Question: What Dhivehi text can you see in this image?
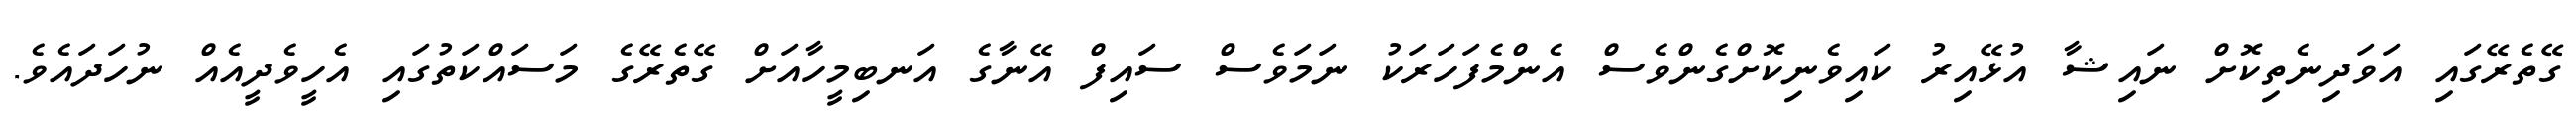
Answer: ގޭތެރޭގައި އަވަދިނެތިކޮށް ނައިޝާ އުޅޭއިރު ކައިވެނިކޮށްގެންވެސް އެންމެފަހަރަކު ނަމަވެސް ސައިފް އޭނާގެ އަނބިމީހާއަށް ގޭތެރޭގެ މަސައްކަތުގައި އެހީވެދީއެއް ނުހަދައެވެ.